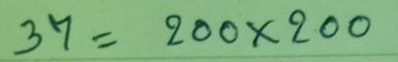
37 = 200 x 200